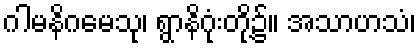
ဂါမနိဂမေသု၊ ရွာနိဂုံးတို့၌။ အသာဟသံ၊